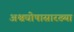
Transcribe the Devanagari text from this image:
अश्वघोषासारख्या